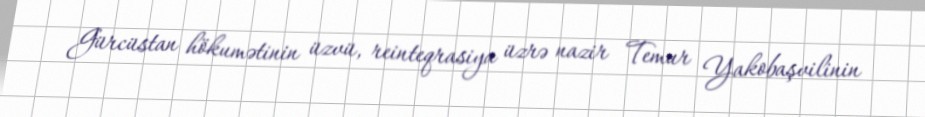
Gürcüstan hökumətinin üzvü, reinteqrasiya üzrə nazir Temur Yakobaşvilinin